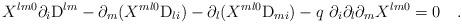
LaTeX: \begin{align*}X^{l m 0} \partial_i {\rm D}^{l m} - \partial_m (X^{m l 0} {\rm D}_{l i}) -\partial_l(X^{m l 0} {\rm D}_{m i}) - q{~}\partial_i \partial_l \partial_m X^{l m 0}= 0 ~~~. \end{align*}